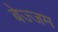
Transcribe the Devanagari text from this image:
बेज्जम